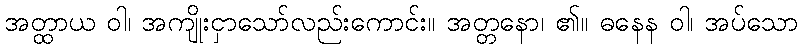
အတ္ထာယ ဝါ၊ အကျိုးငှာသော်လည်းကောင်း။ အတ္တနော၊ ၏။ ဓနေန ဝါ၊ အပ်သော